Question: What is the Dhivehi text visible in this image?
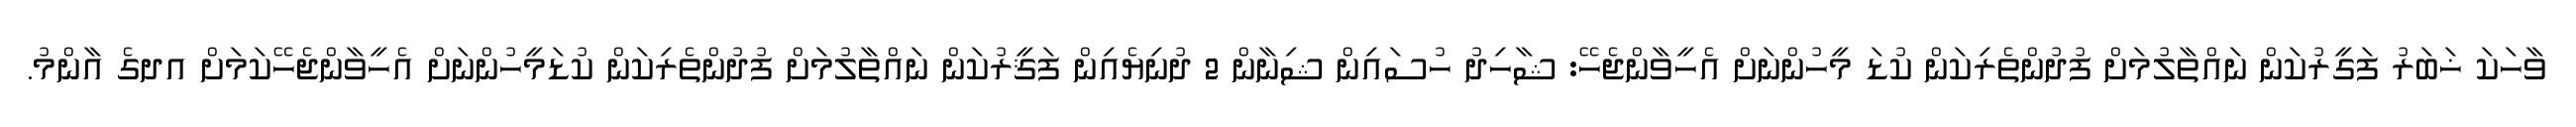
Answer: ވާހަކަ ޚަބަރު ފަގީރުކަން ނައްތާލުމަށް ފުދުންތެރިކަން ކުޑަ މީހުންނަށް އެހީވާންޖެހޭ: ޝާހިދު ހުސައިން ޝިނާން 2 ދުނިޔެއިން ފަޤީރުކަން ނައްތާލުމަށް ފުދުންތެރިކަން ކުޑަމީހުންނަށް އެހީވާންޖެހޭކަމަށް އދގެ އާންމު.